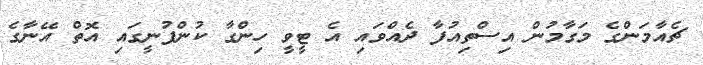
ޗެއާމަންގެ މަގާމުން އިސްތިއުފާ ދެއްވައި އެ ޓީވީ ހިންގާ ކުންފުނީގައި އޮތް އޭނާގެ